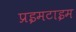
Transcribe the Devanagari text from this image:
प्रइमटाइम